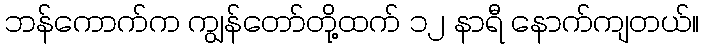
ဘန်ကောက်က ကျွန်တော်တို့ထက် ၁၂ နာရီ နောက်ကျတယ်။